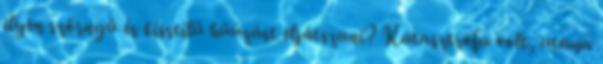
ilyen szörnyű és kisstílű hűúzást eljátszani? Katasztrófa volt, utána